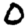
Digit: 0